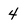
Character: 4